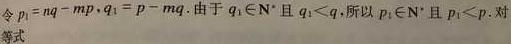
令$p_{1}=nq - mp,q_{1}=p - mq$. 由于$q_{1}\in\mathbf{N}^{*}$且$q_{1}<q$,所以$p_{1}\in\mathbf{N}^{*}$且$p_{1}<p$. 对等式